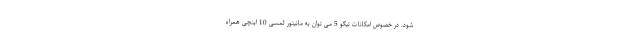
شود. در خصوص امکانات تیگو 5 می توان به مانیتور لمسی 10 اینچی همراه